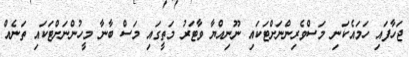
ޖަހާފައި ހަމައެކަނި މަސްވެރިންނަށްޓަކައި ނޫނިއްޔާ ވާޓަރު މަތީގައި މަސް ބާނާ މީހުންނަށްޓަކައި ތަނެއް